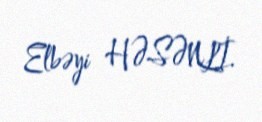
Elbəyi HƏSƏNLİ.